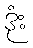
ဒုံး